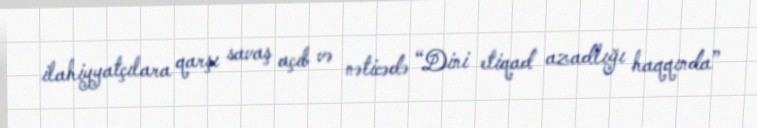
ilahiyyatçılara qarşı savaş açıb və nəticədə “Dini etiqad azadlığı haqqında”